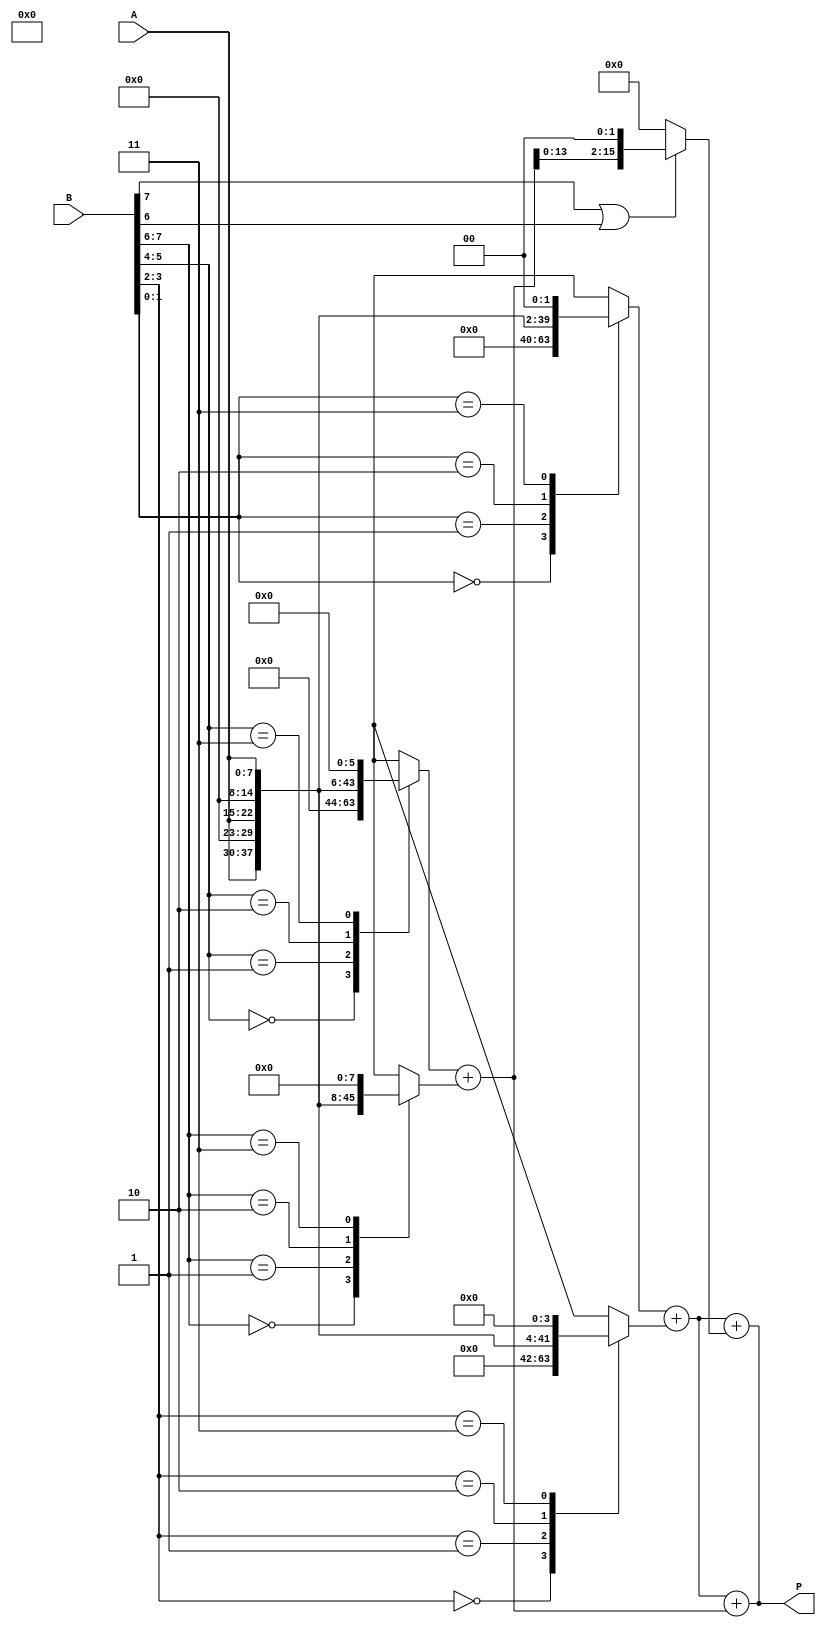
module radix4_multiplier #(parameter n = 8) (
    input wire [n-1:0] A,      // Multiplicand
    input wire [n-1:0] B,      // Multiplier
    output wire [2*n-1:0] P    // Product
);

    // Intermediate partial products (max 4)
    reg [2*n-1:0] pp [0:3];     // Array for partial products
    reg [2*n-1:0] sum [0:2];    // Array for sums in the adder tree
    integer i;

    // Generate partial products based on the bits of B
    always @(*) begin
        // Initialize partial products to zero
        pp[0] = 0;
        pp[1] = 0;
        pp[2] = 0;
        pp[3] = 0;

        for (i = 0; i < n; i = i + 2) begin
            case (B[i +: 2])  // Take 2 bits at a time
                2'b00: pp[i/2] = 0;                         // 00 => No contribution
                2'b01: pp[i/2] = A << (i);                  // 01 => A shifted by i
                2'b10: pp[i/2] = A << (i + 1);              // 10 => A shifted by i + 1
                2'b11: pp[i/2] = A << (i + 2);              // 11 => A shifted by i + 2
            endcase
        end
    end

    // Adder Tree to combine partial products
    wire [2*n-1:0] sum0, sum1; // Intermediate sums
    assign sum0 = pp[0] + pp[1]; // First stage of addition
    assign sum1 = pp[2] + pp[3]; // Second stage of addition

    // Final sum
    assign P = sum0 + sum1; // Final result

    // Add zero padding for partial products that didn't contribute
    always @(*) begin
        if (B[n-1] == 1 || B[n-2] == 1) begin
            sum[0] = (pp[0] + pp[1]);
            sum[1] = (pp[2] + pp[3]) << 2; // Shift left for higher bits
        end else begin
            sum[0] = (pp[0] + pp[1]);
            sum[1] = 0;
        end
    end

    // Final output from the adder tree
    assign P = sum[0] + sum[1];

endmodule